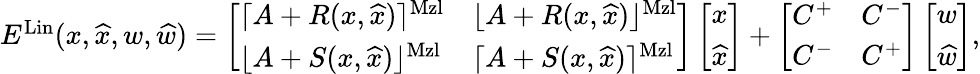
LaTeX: \begin{array}{r}{E^{\mathrm{Lin}}(x,\widehat{x},w,\widehat{w})=\left[\begin{array}{ll}{\lceil A+R(x,\widehat{x})\rceil^{\mathrm{Mzl}}}&{\lfloor A+R(x,\widehat{x})\rfloor^{\mathrm{Mzl}}}\\ {\lfloor A+S(x,\widehat{x})\rfloor^{\mathrm{Mzl}}}&{\lceil A+S(x,\widehat{x})\rceil^{\mathrm{Mzl}}}\end{array}\right]\left[\begin{array}{l}{x}\\ {\widehat{x}}\end{array}\right]+\left[\begin{array}{ll}{C^{+}}&{C^{-}}\\ {C^{-}}&{C^{+}}\end{array}\right]\left[\begin{array}{l}{w}\\ {\widehat{w}}\end{array}\right],}\end{array}